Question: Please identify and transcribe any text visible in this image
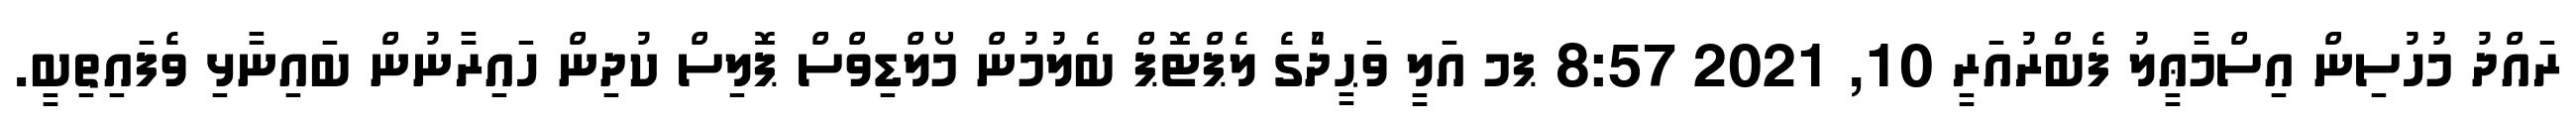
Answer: ރައްދު މުހުސިން އިސްމާޢީލު ފެބްރުއަރީ 10, 2021 8:57 ޕމ އަލީ ވަޙީދުެގެ ލެޕްޓޮޕް ބެލުމުން މޯލްޑިވްސް ޕޮލިސް ކުދިން ހައިރާނުން ބައިނާޅި ވެފައިތިބީ.